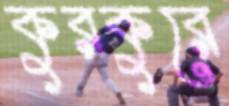
কুরকুরে